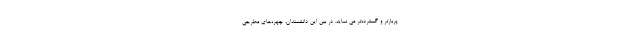
پربارتر و گسترده‌تر می نماید. در بین این دانشمندان، چهره‌های مطرحی